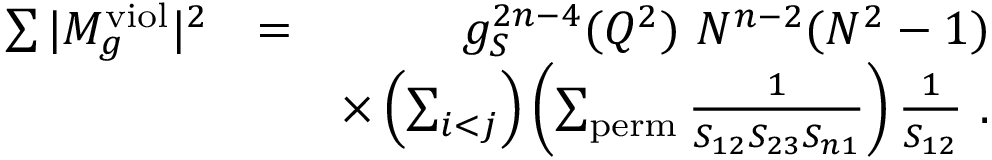
\begin{array} { r l r } { \sum \vert M _ { g } ^ { \mathrm { v i o l } } \vert ^ { 2 } } & { = } & { g _ { S } ^ { 2 n - 4 } ( Q ^ { 2 } ) ~ N ^ { n - 2 } ( N ^ { 2 } - 1 ) } \\ & { } & { \times \left( \sum _ { i < j } \right) \left( \sum _ { \mathrm { p e r m } } \frac { 1 } { S _ { 1 2 } S _ { 2 3 } S _ { n 1 } } \right) \frac { 1 } { S _ { 1 2 } } ~ . } \end{array}